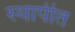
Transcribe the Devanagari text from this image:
स्‍थापीत